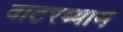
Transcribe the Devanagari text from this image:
वाटरब्याय